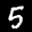
Label: 5